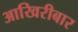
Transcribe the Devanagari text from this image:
आखिरीबार